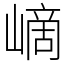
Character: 㠃